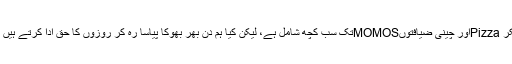
آج ہمارے افطار میں روایتی کھجوروں سے لیکر Pizzaاور چینی ضیافتوںMOMOSتک سب کچھ شامل ہے، لیکن کیا ہم دن بھر بھوکا پیاسا رہ کر روزوں کا حق ادا کرتے ہیں یہ اپنے نفس سے پوچھا جانے والا سوال ہے‘‘۔